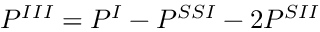
P ^ { I I I } = P ^ { I } - P ^ { S S I } - 2 P ^ { S I I }